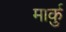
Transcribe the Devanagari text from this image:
मार्कु